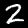
Label: 2